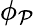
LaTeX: \phi_{\mathcal{P}}